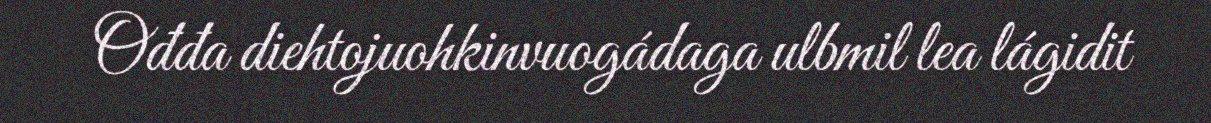
Ođđa diehtojuohkinvuogádaga ulbmil lea lágidit